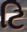
ટિ